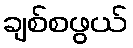
ချစ်စဖွယ်